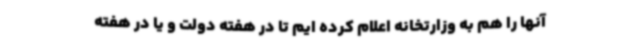
آنها را هم به وزارتخانه اعلام کرده ایم تا در هفته دولت و یا در هفته